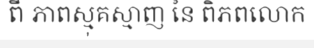
ពី ភាពស្មុគស្មាញ នៃ ពិភពលោក